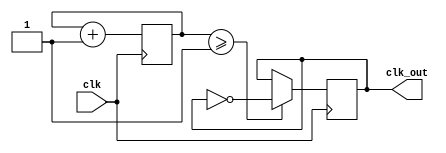
// divides the input clock by the DIVIDER

module clock_divider #(
    parameter DIVIDER = 4
) (
    input  clk,
    output clk_out
);
  reg [$clog2(DIVIDER/2)-1:0] count = 0;
  reg r_clk_out = 0;
  assign clk_out = r_clk_out;
  //reg clk_out;
  always @(posedge clk) begin
    if (count >= (DIVIDER / 2) - 1) begin
      r_clk_out <= ~r_clk_out;
      count <= 0;
    end
    count <= count + 1;
  end

endmodule